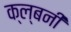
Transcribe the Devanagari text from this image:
क्ल्बनी